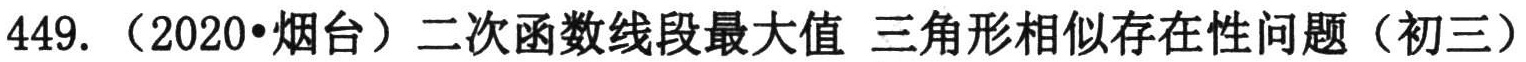
449. （2020•烟台）二次函数线段最大值 三角形相似存在性问题（初三）